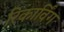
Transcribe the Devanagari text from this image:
रिकार्विंग